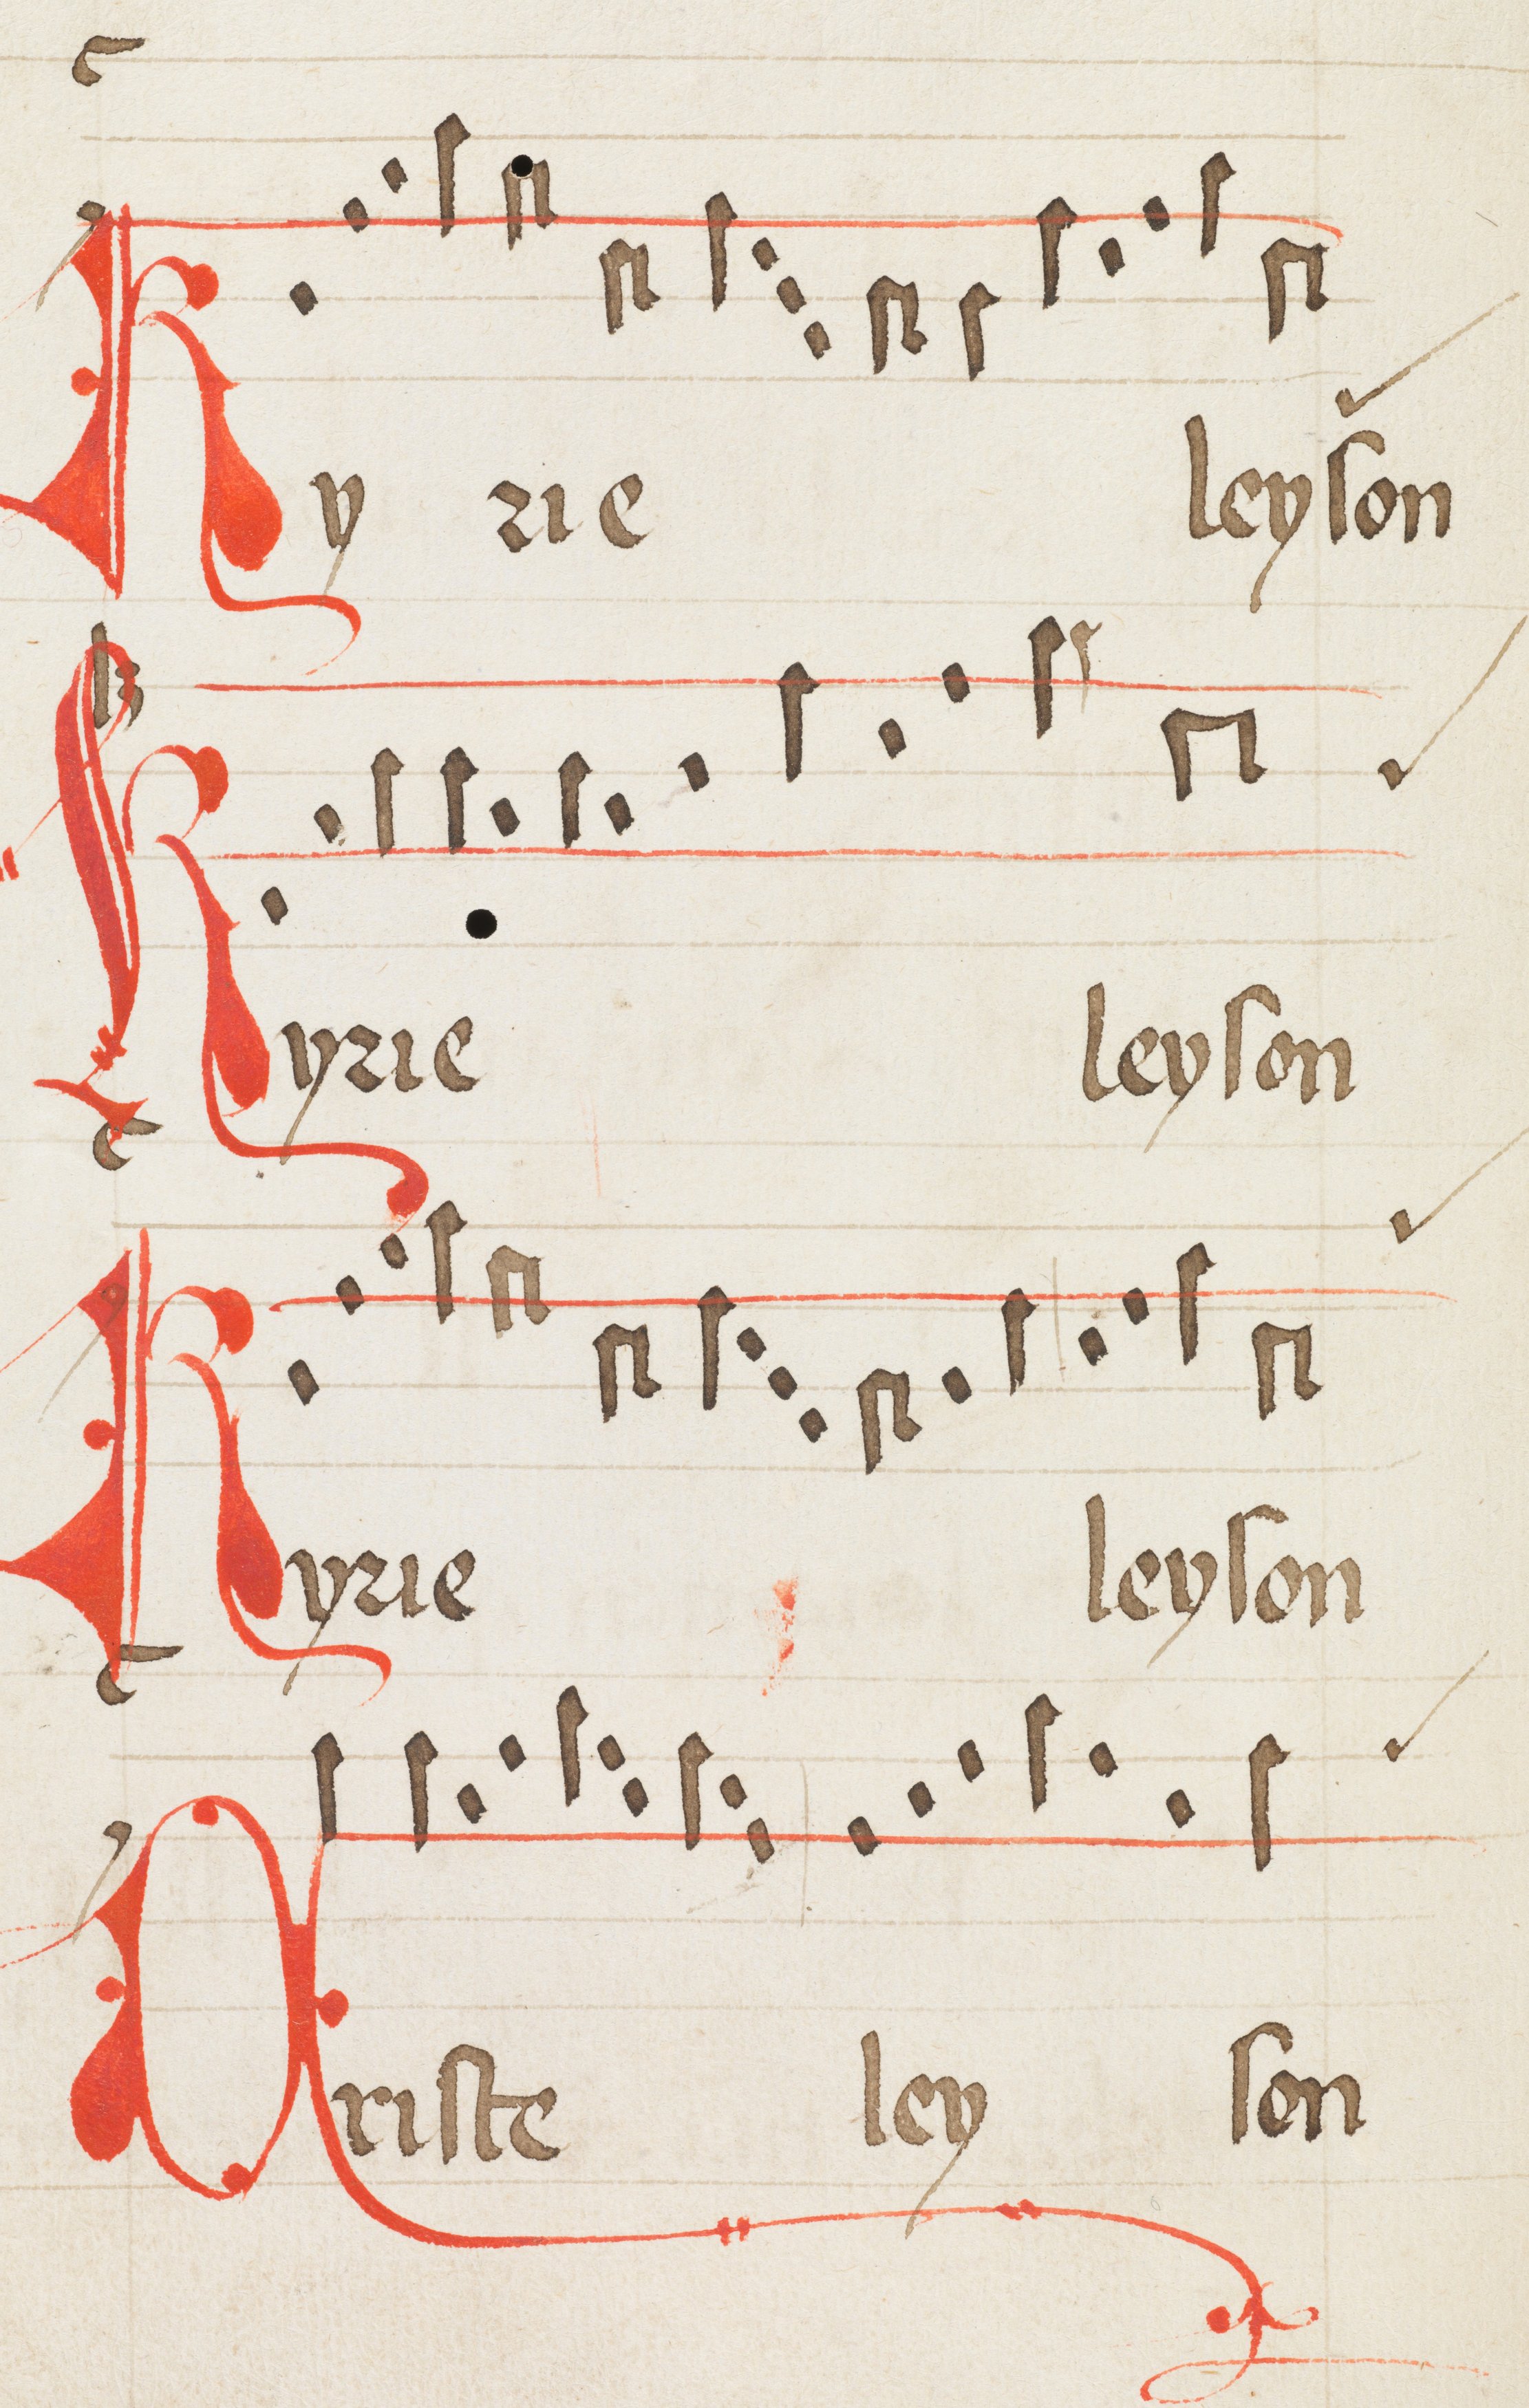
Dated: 1475–1499